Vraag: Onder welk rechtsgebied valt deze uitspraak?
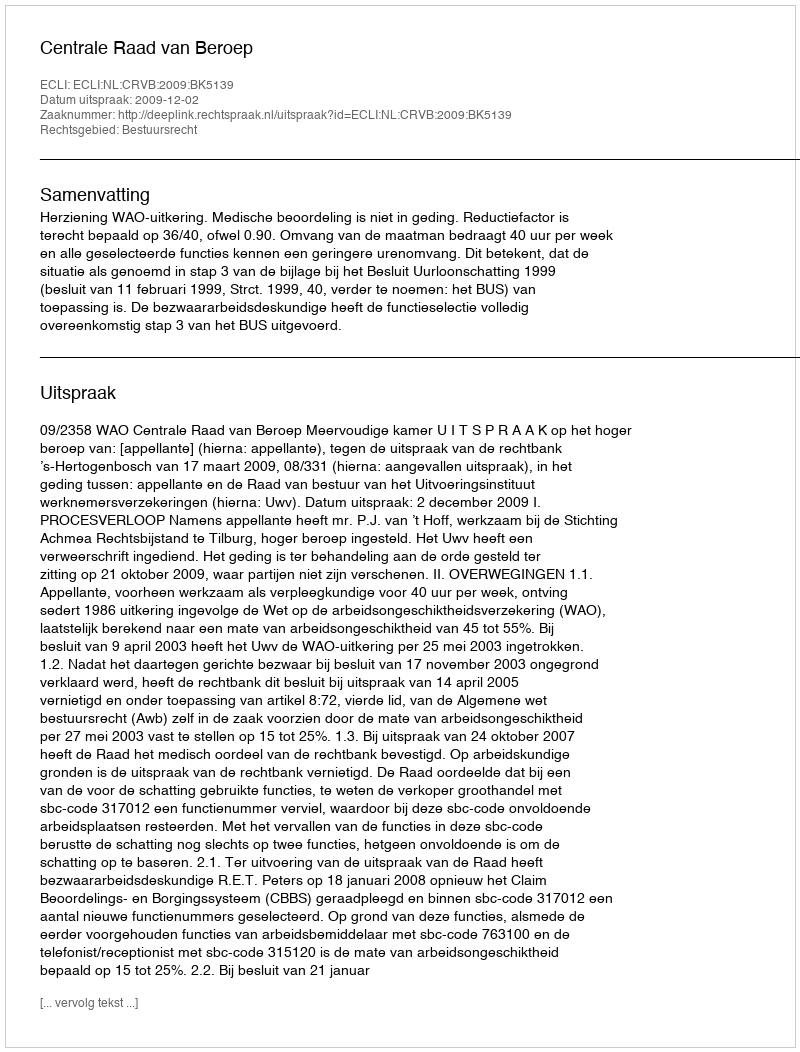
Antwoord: Bestuursrecht